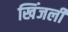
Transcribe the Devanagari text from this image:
खिंजली